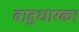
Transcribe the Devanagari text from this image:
बाहुधारक।